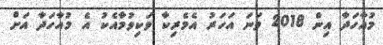
މުއާހަދާ އިން 2018 ވަނަ އަހަރު އެމެރިކާ ވަކިވުމާއެކު އެ މުއާހަދާ އަށް